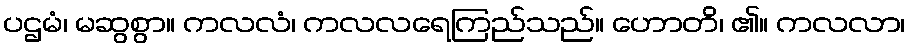
ပဌမံ၊ မဆွစွာ။ ကလလံ၊ ကလလရေကြည်သည်။ ဟောတိ၊ ၏။ ကလလာ၊